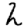
Digit: 2